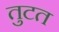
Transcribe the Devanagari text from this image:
तुटत